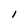
Character: 1